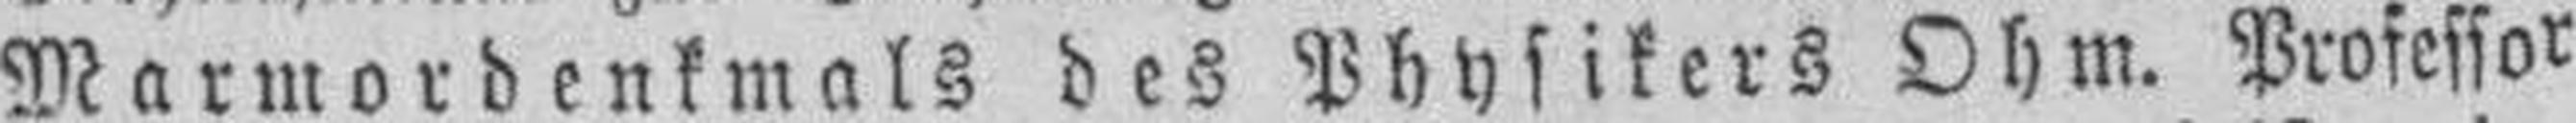
Marmordenkmals des Physikers Ohm. Professor